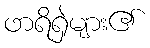
ဖာရိရှဲများ၏